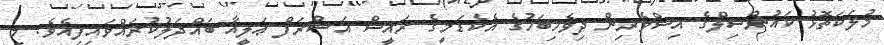
މުލަކަތޮޅު ކައުންސިލްގެ އިސްވެރިން ދިވެހިބަހުގެ އެކެޑަމީގެ ރައީސް އަޝްރަފް ޢަލީއާ ބައްދަލުކުރައްވައިފިއެވެ. މި